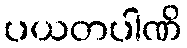
ပယတပါဏိ